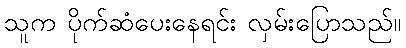
သူက ပိုက်ဆံပေးနေရင်း လှမ်းပြောသည်။